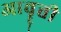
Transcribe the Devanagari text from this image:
आवॄत्ती